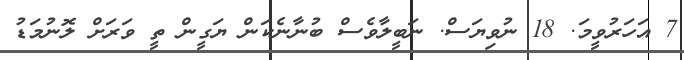
7 އަހަރުވީމަ. 18 ނުވިޔަސް. ނަބީލާވެސްް ބުނާނެކަން ޔަގީން ތީ ވަރަށް ލޮނުމަޑު